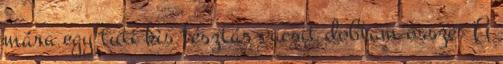
mára egy tuti kis tésztás vacsit dobtam össze. A